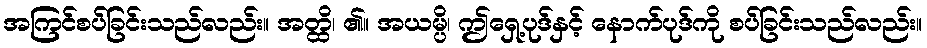
အကြင်စပ်ခြင်းသည်လည်း။ အတ္ထိ၊ ၏။ အယမ္ပိ၊ ဤရှေ့ပုဒ်နှင့် နောက်ပုဒ်ကို စပ်ခြင်းသည်လည်း။